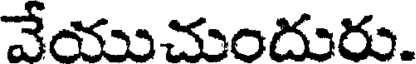
వేయుచుందురు.